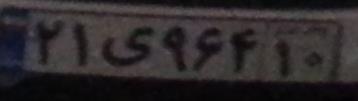
۲۱ی۹۶۴۱۰